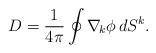
LaTeX: \begin{align*}D={1\over 4\pi}\oint\nabla_{\!k}\phi\,dS^k.\end{align*}